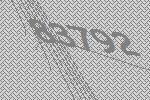
83792